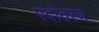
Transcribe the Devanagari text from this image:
पदांतरण